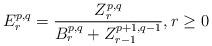
LaTeX: \begin{align*} E^{p,q}_r = \frac{Z^{p,q}_r}{B^{p,q}_r + Z^{p+1,q-1}_{r-1}}, r \geq 0\end{align*}